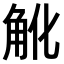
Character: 𧢽